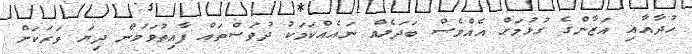
ހުދާއާއި އަޒާންގެ ގުޅުމަށް އެއްވެސް ބަދަލެއް ނައެއްކަމަކު ދުވަސްތައް ފާއިތުވަމުން ދިޔަ ވަރަކަށް